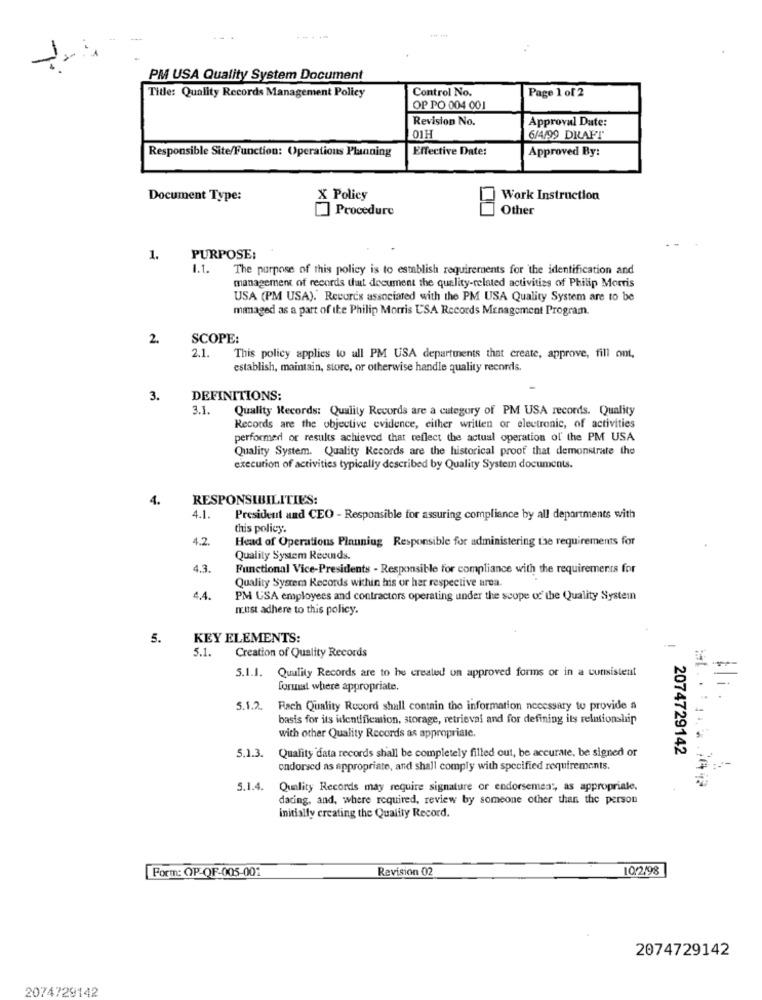
-
----
PM USA Quality System Document
Control No.
Page 1 of 2
Title: Quality Records Management Policy
OP PO 004 001
Revision No.
Approval Date:
01H
6/4/99 DRAFT
Responsible Site/Function: Operations Planning
Effective Date:
Approved By:
Document Type:
X Policy
Work Instruction
Procedure
Other
1.
PURPOSE:
1.1.
The purpose of this policy is to establish requirements for the identification and
management of records that document the quality-related activities of Philip Morris
USA (PM USA).' Records associated with the PM USA Quality System are to be
managed as a part of the Philip Morris USA Records Management Program.
2.
SCOPE:
2.1.
This policy applies to all PM USA departments that create, approve, fill ont,
establish, maintain, store, or otherwise handle quality records.
3.
DEFINITIONS:
3.1.
Quality Records: Quality Records are a category of PM USA records. Quality
Records are the objective evidence, either written or electronic, of activities
performed or results achieved that reflect the actual operation of the PM USA
Quality System. Quality Records are the historical proof that demonstrate the
execution of activities typically described by Quality System documents.
4.
RESPONSIBILITIES:
4.1.
President and CEO - Responsible for assuring compliance by all departments with
this policy.
4.2.
Head of Operations Planning Responsible for administering the requirements for
Quality System Records.
4.3.
Functional Vice-Presidents - Responsible for compliance with the requirements for
Quality System Records wichin his or her respective area.
4.4.
PM USA employees and contractors operating under the scope of the Quality System
must adhere to this policy.
5.
KEY ELEMENTS:
5.1.
Creation of Quality Records
5.1.1. Quality Records are to he created un approved forms or in a consistent
format where appropriate.
=
5.1.2
Fach Quality Record shall contain the information necessary to provide a
basis for its identification, storage, retrieval and for defining its relationship
with other Quality Records as appropriate.
5.1.3.
2074729142
Quality data records shall be completely filled out, be accurate, be signed or
endorsed as appropriate, and shall comply with specified requirements.
5.1.4.
Quality Records may require signature or endorsement, as appropriate.
dating, and, where required, review by someone other than the person
initially creating the Quality Record.
Form: OP QF-005-001
Revision 02
10/2/98
2074729142
2074729142